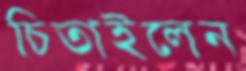
চিতাইলেন